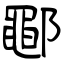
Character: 鄳